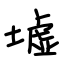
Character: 墟